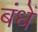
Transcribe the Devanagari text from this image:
बंधें